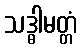
သဒ္ဓါမတ္တံ